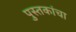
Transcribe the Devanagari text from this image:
पुस्‍तकांचा